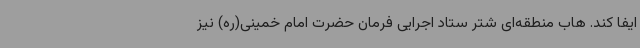
ایفا کند. هاب منطقه‌ای شتر ستاد اجرایی فرمان حضرت امام خمینی(ره) نیز